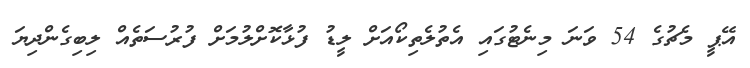
އޭޕީ މެޗުގެ 54 ވަނަ މިނެޓުގައި އެތުލެތިކޯއަށް ލީޑު ފުޅާކޮށްލުމަށް ފުރުސަތެއް ލިބިގެންދިޔަ